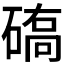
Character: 𱴦